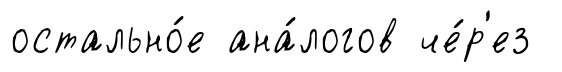
остально́е ана́логов че́р'ез